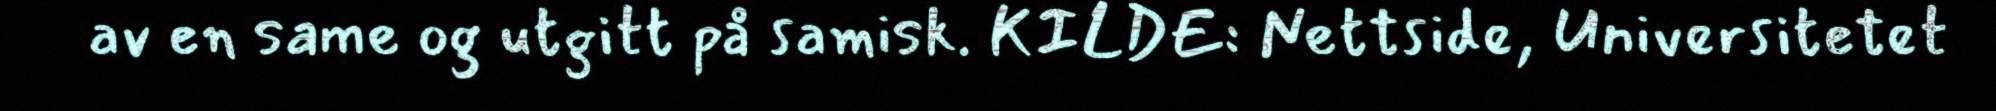
av en same og utgitt på samisk. KILDE: Nettside, Universitetet